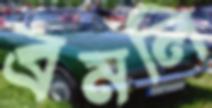
ব্রমলি